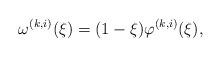
LaTeX: \begin{align*} \omega^{(k,i)}(\xi)=(1-\xi)\varphi^{(k,i)}(\xi), \end{align*}